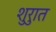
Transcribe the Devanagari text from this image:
शुरुात